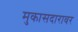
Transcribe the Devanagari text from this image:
मुकासदारावर